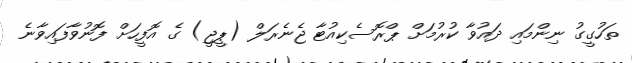
ތަހުގީގު ނިންމައި ދައުވާ ކުރުމަށް ޕްރޮސެކިއުޓާ ޖެނެރަލް (ޕީޖީ) ގެ އޮފީހަށް ފޮނުވާފައިވާނެ